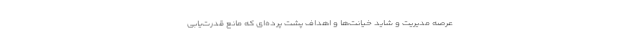
عرصه مدیریت و شاید خیانت‌ها و اهداف پشت پرده‌ای که مانع قدرت‌یابی